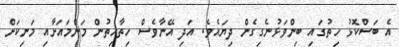
އެ ބަސްކޮޅު ހިތުގައި ބިންވަޅުނެގިގެން ދިޔައެވެ. އަދި އޭނާވެސް ހިތާހިތުން މަންމައަށާއި މަނިކަށް